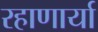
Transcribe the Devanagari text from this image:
रहाणार्या